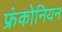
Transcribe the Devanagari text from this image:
फ्रंकोनियन